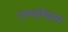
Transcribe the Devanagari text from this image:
नल्लशिवम